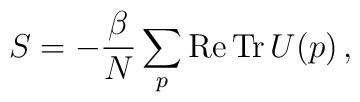
S = - \frac{\beta}{N} \sum_{p} {\rm Re\,Tr}\,U(p)\,,